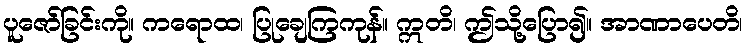
ပူဇော်ခြင်းကို။ ကရောထ၊ ပြုချေကြကုန်။ ဣတိ၊ ဤသို့ပြော၍။ အာဏာပေတိ၊